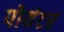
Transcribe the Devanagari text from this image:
पोयंटर